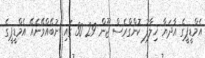
އެމްޑީޕީގެ އާދަޔާ ޚިލާފު ކޮންގްރެސް ޖޫން 29 30 ގައި ނުބޭއްވޭނެއޭ އެމްޑީޕީގެ